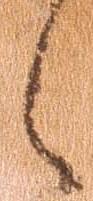
之